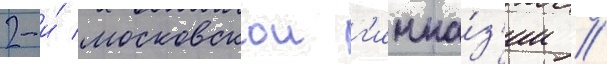
2-и́ московскои г'имна́з'ии //